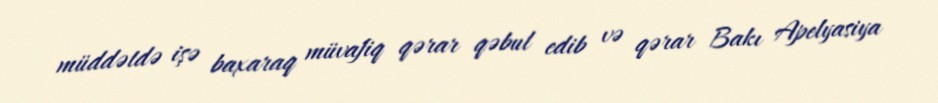
müddətdə işə baxaraq müvafiq qərar qəbul edib və qərar Bakı Apelyasiya